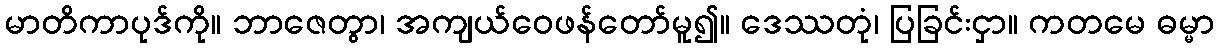
မာတိကာပုဒ်ကို။ ဘာဇေတွာ၊ အကျယ်ဝေဖန်တော်မူ၍။ ဒေဿတုံ၊ ပြခြင်းငှာ။ ကတမေ ဓမ္မာ